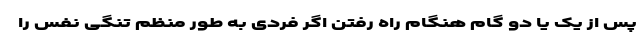
پس از یک یا دو گام هنگام راه رفتن اگر فردی به طور منظم تنگی نفس را